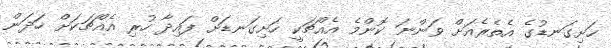
ހަށިގަނޑުގެ އެތެރެއަށް ވަންނަ ކޮންމެ އެއްޗަކީ ހަށިގަނޑަށް ފައިދާ ހުރި އެއްޗަކަށް ހަދަން